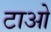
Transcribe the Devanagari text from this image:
टाओ